system: You are a helpful assistant.
user:
Analyze the provided spectrum to determine if it is a **"Cataclysmic Variables (CV)"**.

- **Key Indicators for CV (Check for either state):**
    - **State 1: Quiescent / Low-State (Emission-Dominated)**
        - **(Primary):** Strong and *very broad* Hydrogen Balmer emission lines (e.g., $H\alpha$ at 6563 Å, $H\beta$ at 4861 Å). The 'broadness' (high velocity dispersion, often FWHM > 1000 km/s) is the key diagnostic, indicating a high-velocity accretion disk.
        - **(Secondary):** Broad neutral Helium (He I) emission lines (e.g., 5876 Å, 6678 Å).
        - **(Key Confirmation):** Presence of high-excitation *ionized* Helium (He II) emission at 4686 Å. This is a strong indicator of accretion onto a white dwarf.
        - **(Line Profile):** Emission lines may exhibit a 'double-peaked' profile, which is a classic signature of a rotating accretion disk viewed at high inclination.

    - **State 2: Outburst / High-State (Absorption-Dominated)**
        - **(Primary):** Spectrum is dominated by a bright, blue continuum (looks like a hot star).
        - **(Secondary):** The emission lines from State 1 are weak, absent, or 'filled in', and are replaced by broad, shallow *absorption* lines (primarily Balmer and He I).
        - **(Morphology):** The overall spectrum mimics a hot B/A-type star. The crucial difference is that the absorption lines are significantly broader, shallower, and more 'washed-out' (or 'smeared') than the sharp lines of a normal stellar photosphere, due to high rotational speeds and pressure broadening in the disk.

Think first, call **spectral_visualization_tool** if needed to examine features in detail, then provide your final answer. Your response must adhere to the following strict rules:
1.  **Overall Structure:** Your response must follow the format `<think>...</think> <tool_call>...</tool_call> (if a tool is used) <answer>...</answer>`.
2.  **Tool Usage Constraint:** You may only make **one** tool call per turn.
3.  **Final Answer Format:** In the `<answer>` tag, your conclusion must be inside a `\boxed{}` command (e.g., `\boxed{YES}`), followed by your justification.

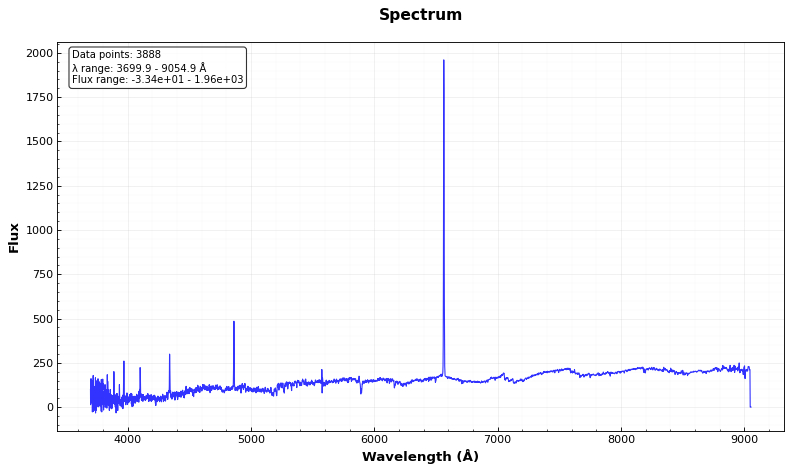
Answer: YES